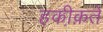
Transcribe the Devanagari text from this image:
हकी़क़ते